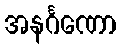
အနင်္ဂဏော